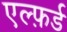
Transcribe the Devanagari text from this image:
एल्फ़र्ड